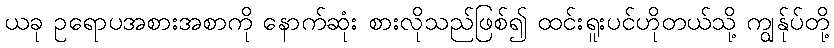
ယခု ဥရောပအစားအစာကို နောက်ဆုံး စားလိုသည်ဖြစ်၍ ထင်းရူးပင်ဟိုတယ်သို့ ကျွန်ုပ်တို့